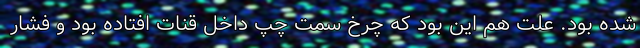
شده بود. علت هم این بود که چرخ سمت چپ داخل قنات افتاده بود و فشار